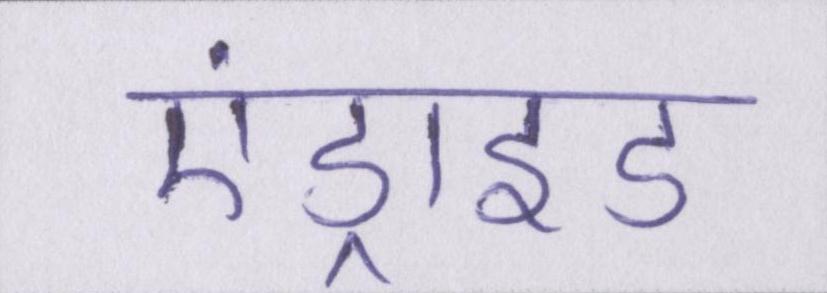
एंड्राइड